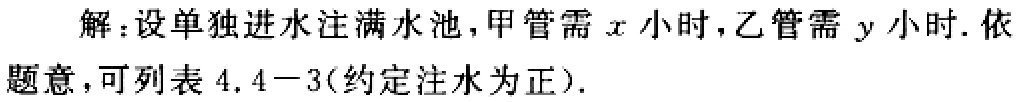
解：设单独进水注满水池，甲管需\(x\)小时，乙管需\(y\)小时. 依题意，可列表 \(4.4 - 3\)（约定注水为正）.